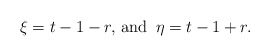
\begin{align*}\xi=t-1-r,\,{\rm and}\,\,\,\eta=t-1+r.\end{align*}